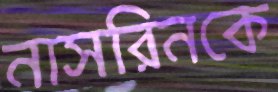
নাসরিনকে